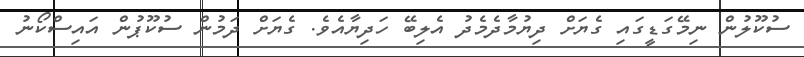
ސުކޫލުން ނިމޭގަޑީގައި ގެޔަށް ދިޔުމާދެމެދު އެލިބޭ ހަދިޔާއެވެ. ގެޔަށް ދަމުން ސުކޫޕުން އައިސްކޯނު